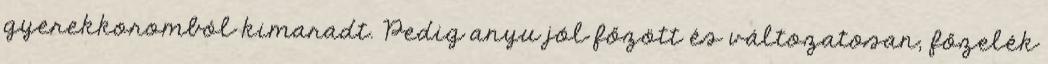
gyerekkoromból kimaradt. Pedig anyu jól főzött és változatosan, főzelék